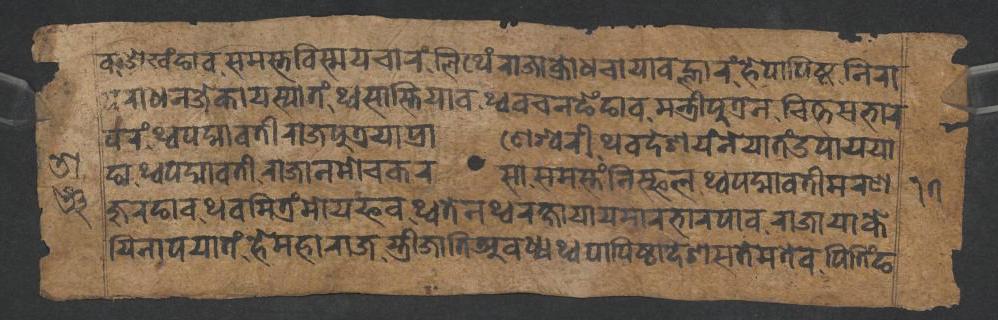
𑐰𑐌𑐏𑑄𑐒𑐵𑐰𑐳𑐩𑐳𑑂𑐟𑐰𑐶𑐳𑑂𑐩𑐫𑐔𑐵𑐬𑑄𑐮𑐶𑐠𑐾𑑄𑐬𑐵𑐖𑐵𑐎𑑂𑐬𑑀𑐢𑐔𑐵𑐫𑐵𑐰𑐮𑑂𑐴𑐵𑐬𑑄𑐴𑐾𑐥𑐵𑐥𑐶𑐲𑑂𑐛𑐣𑐶𑐬𑐵 𑐥𑐬𑐵𑐢𑐣𑐖𑐾𑐎𑐵𑐫𑐳𑑂𑐫𑐵𑐟𑑄𑐠𑑂𑐰𑐳𑐵𑐳𑑂𑐟𑐶𑐫𑐵𑐰𑐠𑑂𑐰𑐰𑐔𑐣𑐒𑐾𑑄𑐒𑐵𑐰𑐩𑐣𑑂𑐟𑑂𑐬𑐷𑐥𑐸𑐟𑑂𑐬𑐣𑐔𑐶𑐟𑑂𑐟𑐳𑐨𑐵𑐬 𑐥𑐬𑑄𑐠𑑂𑐰𑐥𑐡𑑂𑐩𑐵𑐰𑐟𑐷𑐬𑐵𑐖𑐥𑐸𑐟𑑂𑐬𑐫𑐵𑐥𑑂𑐬𑐵𑐞𑐾𑐱𑑂𑐰𑐬𑐷𑐠𑐰𑐡𑐾𑐱𑐫𑑄𑐣𑐾𑐫𑐵𑐟𑑄𑐄𑐥𑐵𑐫𑐫𑐵 𑐒𑐵𑐠𑑂𑐰𑐥𑐡𑑂𑐩𑐵𑐰𑐟𑐷𑐬𑐵𑐖𑐵𑐣𑐩𑑀𑐔𑐎𑐬𑐳𑐵𑐳𑐩𑐳𑑂𑐟𑑄𑐣𑐶𑐳𑑂𑐦𑐮𑐠𑑂𑐰𑐥𑐡𑑂𑐩𑐵𑐰𑐟𑐷𑐩𑐬𑐞 𑐫𑐶𑐣𑐵𑐥𑐫𑐵𑐟𑑄𑐴𑐾𑐩𑐴𑐵𑐬𑐵𑐖𑐳𑑂𑐟𑑂𑐬𑐷𑐖𑐵𑐟𑐶𑐀𑐰𑐢𑑂𑐫𑐠𑑂𑐰𑐥𑐵𑐥𑐶𑐲𑑂𑐛𑐵𑐡𑐾𑐱𑐳𑐟𑐾𑐩𑐟𑐾𑐰𑐥𑐶𑐟𑐶𑑄𑐒 𑐖𑐸𑐬𑐒𑐵𑐰𑐠𑐰𑐩𑐶𑐟𑑂𑐬𑑄𑐩𑑀𑐫𑐦𑐰𑐠𑑂𑐰𑐟𑐾𑐣𑐠𑑂𑐰𑐬𑐎𑑂𑐲𑐵𑐫𑐵𑐫𑐩𑐵𑐬𑐨𑐵𑐬𑐥𑐵𑐰𑐬𑐵𑐖𑐵𑐫𑐵𑐎𑐾